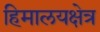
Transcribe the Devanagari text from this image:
हिमालयक्षेत्र